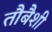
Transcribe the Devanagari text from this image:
तौबैशी